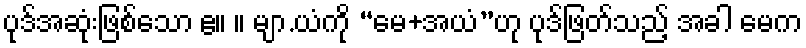
ပုဒ်အဆုံးဖြစ်သော ဧ။ ။ မျာ.ယံကို “မေ+အယံ”ဟု ပုဒ်ဖြတ်သည့် အခါ မေက